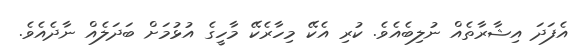
އެފަދަ އިޝާރާތެއް ނުލިބެއެވެ. ކުރި އެކޭ މިހާރެކޭ މާހީގެ އުޅުމަށް ބަދަލެއް ނާދެއެވެ.